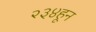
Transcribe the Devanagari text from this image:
२३४हून